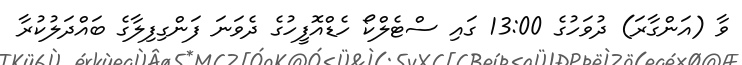
ވާ (އަންގާރަ) ދުވަހުގެ 13:00 ގައި ސްޓެލްކޯ ހެޑްއޮފީހުގެ ދެވަނަ ފަންގިފިލާގެ ބައްދަލުކުރާ